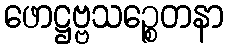
ဖောဋ္ဌဗ္ဗသဉ္စေတနာ